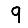
Digit: 9